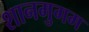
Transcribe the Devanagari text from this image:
शानमुगम